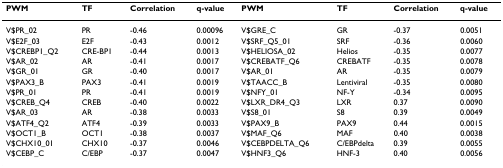
| PWM | TF | Correlation | q-value | PWM | TF | Correlation | q-value |
 | --- | --- | --- | --- | --- | --- | --- | --- |
 | V$PR_02 | PR | -0.46 | 0.00096 | V$GRE_C | GR | -0.37 | 0.0051 |
 | V$E2F_03 | E2F | -0.43 | 0.0012 | V$SRF_Q5_01 | SRF | -0.36 | 0.0060 |
 | V$CREBP1_Q2 | CRE-BP1 | -0.44 | 0.0013 | V$HELIOSA_02 | Helios | -0.35 | 0.0077 |
 | V$AR_02 | AR | -0.41 | 0.0017 | V$CREBATF_Q6 | CREBATF | -0.35 | 0.0078 |
 | V$GR_01 | GR | -0.40 | 0.0017 | V$AR_01 | AR | -0.35 | 0.0079 |
 | V$PAX3_B | PAX3 | -0.41 | 0.0019 | V$TAACC_B | Lentiviral | -0.35 | 0.0080 |
 | V$PR_01 | PR | -0.41 | 0.0019 | V$NFY_01 | NF-Y | -0.34 | 0.0095 |
 | V$CREB_Q4 | CREB | -0.40 | 0.0022 | V$LXR_DR4_Q3 | LXR | 0.37 | 0.0090 |
 | V$AR_03 | AR | -0.38 | 0.0033 | V$S8_01 | S8 | 0.39 | 0.0049 |
 | V$ATF4_Q2 | ATF4 | -0.39 | 0.0033 | V$PAX9_B | PAX9 | 0.44 | 0.0015 |
 | V$OCT1_B | OCT1 | -0.38 | 0.0037 | V$MAF_Q6 | MAF | 0.40 | 0.0038 |
 | V$CHX10_01 | CHX10 | -0.37 | 0.0046 | V$CEBPDELTA_Q6 | C/EBPdelta | 0.39 | 0.0055 |
 | V$CEBP_C | C/EBP | -0.37 | 0.0047 | V$HNF3_Q6 | HNF-3 | 0.40 | 0.0056 |